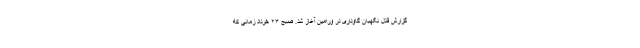
گزارش قتل نگهبان گاوداری در ورامین آغاز شد. صبح ۲۳ خرداد زمانی که